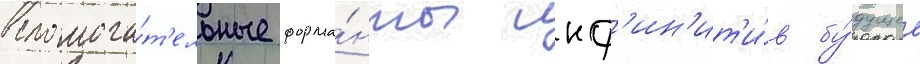
вспомога́т'ельные форма́нты инф'ин'ит'и́в бу́дущее